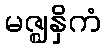
မဇ္ဈနှိကံ